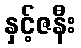
နှင့်ဇနီး